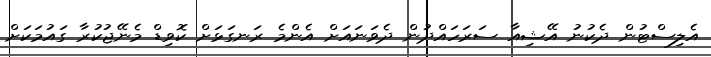
އެލިސްޓުން ދެކުނު އޭޝިއާ ސަރަހައްދުން ދެވަނައަށް އެންމެ ރަނގަޅަށް ކޮވިޑް މެނޭޖުކުރާ ގައުމަކަށް